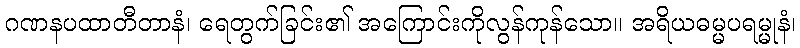
ဂဏနပထာတီတာနံ၊ ရေတွက်ခြင်း၏ အကြောင်းကိုလွန်ကုန်သော။ အရိယဓမ္မပရမ္မုနံ၊